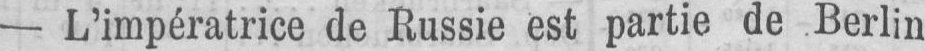
- L’impératrice de Russie est partie de Berlin